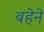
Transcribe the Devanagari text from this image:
बहेने